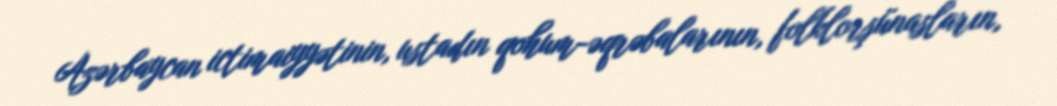
Azərbaycan ictimaiyyətinin, ustadın qohum-əqrəbalarının, folklorşünasların,